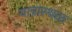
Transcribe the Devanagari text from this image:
यात्रास्थळ